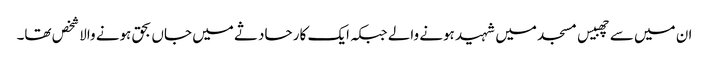
ان میں سے چھبیس مسجد میں شہید ہونے والے جبکہ ایک کار حادثے میں جاں بحق ہونے والا شخص تھا۔